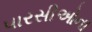
પારસીઓના